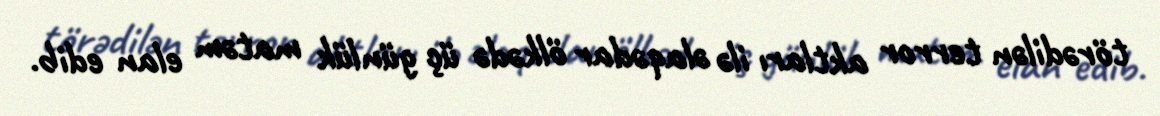
törədilən terror aktları ilə əlaqədar ölkədə üç günlük matəm elan edib.